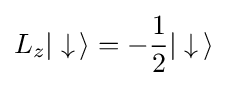
L_{z}|\downarrow \,\rangle =-{\frac {1}{2}}|\downarrow \,\rangle